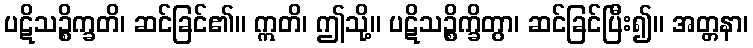
ပဋိသဉ္စိက္ခတိ၊ ဆင်ခြင်၏။ ဣတိ၊ ဤသို့။ ပဋိသဉ္စိက္ခိတွာ၊ ဆင်ခြင်ပြီး၍။ အတ္တနာ၊